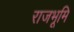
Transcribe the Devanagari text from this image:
राजभूमि